Indian Medical Review
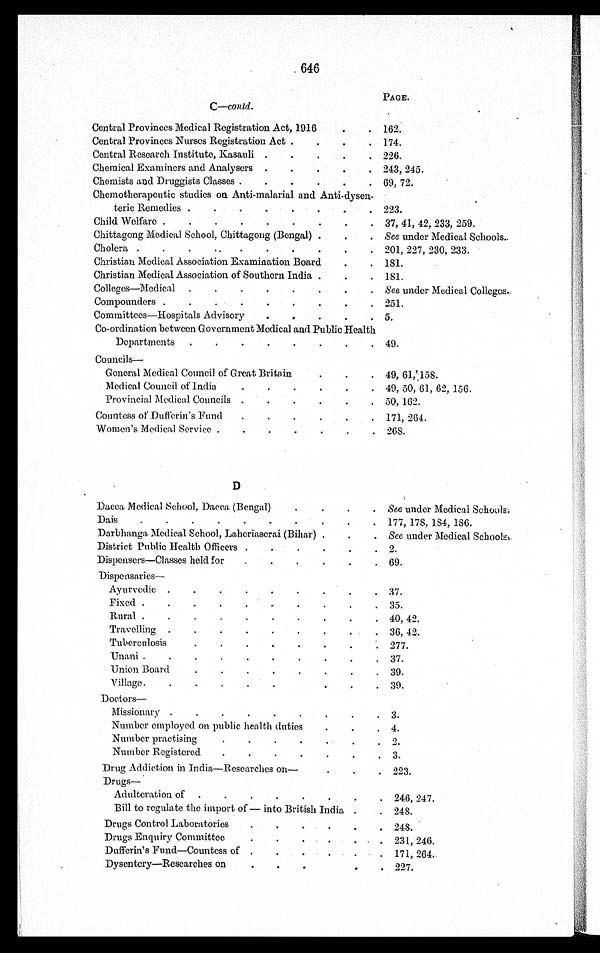
C—conld.
PAGE.
Central Provinces Medical Registration Act, 1916
162.
Central Provinces Nurses Registration Act
174.
Central Research Institute, Kasauli
226.
Chemical Examiners and Analysers
243, 245.
Chemists and Druggists Classes
69, 72.
Chemotherapeutic studies on Anti-malarial and Anti-dysen-
teric Remedies
223.
Child Welfare
37, 41, 42, 233, 259.
Chittagong Medical School, Chittagong (Bengal)
See under Medical Schools.
Cholera
201, 227, 230, 233.
Christian Medical Association Examination Board
181.
Christian Medical Association of Southern India
181.
Colleges—Medical
See under Medical Colleges.
Compounders
251.
Committees—Hospitals Advisory
5.
Co-ordination between Government Medical and Public Health
Departments
49.
C o u n c i l s —
General Medical Council of Great Britain
49, 61, 158.
Medical Council of India
49, 50, 61, 62, 156.
Provincial Medical Councils
50, 162.
Countess of Dufferin's Fund
171, 264.
Women's Medical Service
268.
D
Dacca Medical School, Dacca (Bengal)
See under Medical Schools
Dais
177, 178, 184, 186.
Darbhanga Medical School, Laheriaserai (Bihar)
See under Medical Schools
District Public Health Officers
2.
Dispensers—Classes held for
69.
Dispensaries
—
Ayurvedic
37.
Fixed
35.
Rural
40, 42.
Travelling
36, 42.
Tuberculosis
277.
Unani
37.
Union Board
39.
Village.
39.
D o c t o r s —
Missionary
3.
Number employed on public health duties
4.
Number practising
2.
Number Registered
3.
Drug Addiction in India—Researches on—
223.
D r u g s —
Adulteration of
246, 247.
Bill to regulate the import of—into British India
248.
Drugs Control Laboratories
248.
Drugs Enquiry Committee
231, 246.
Dufferin's Fund—Countess of
171, 264.
Dysentery—Researches on
227.